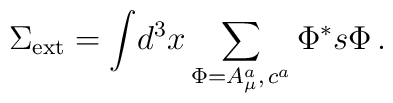
\Sigma _{{\rm ext}}=\displaystyle{\int }d^3x\sum_{\Phi =A_\mu ^a,\,c^a}\Phi^{*}s\Phi \,.